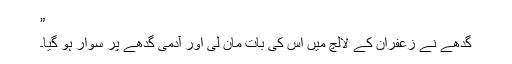
”
گدھے نے زعفران کے لالچ میں اس کی بات مان لی اور آدمی گدھے پر سوار ہو گیا۔